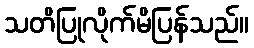
သတိပြုလိုက်မိပြန်သည်။